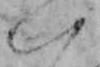
い